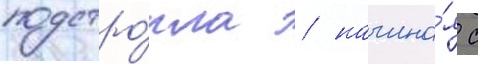
подстро́ила / начина́я с